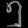
Digit: ၅